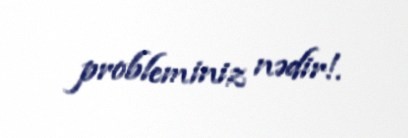
probleminiz nədir!.